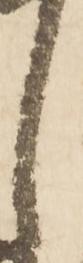
し